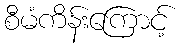
စီမံကိန်းကြောင့်